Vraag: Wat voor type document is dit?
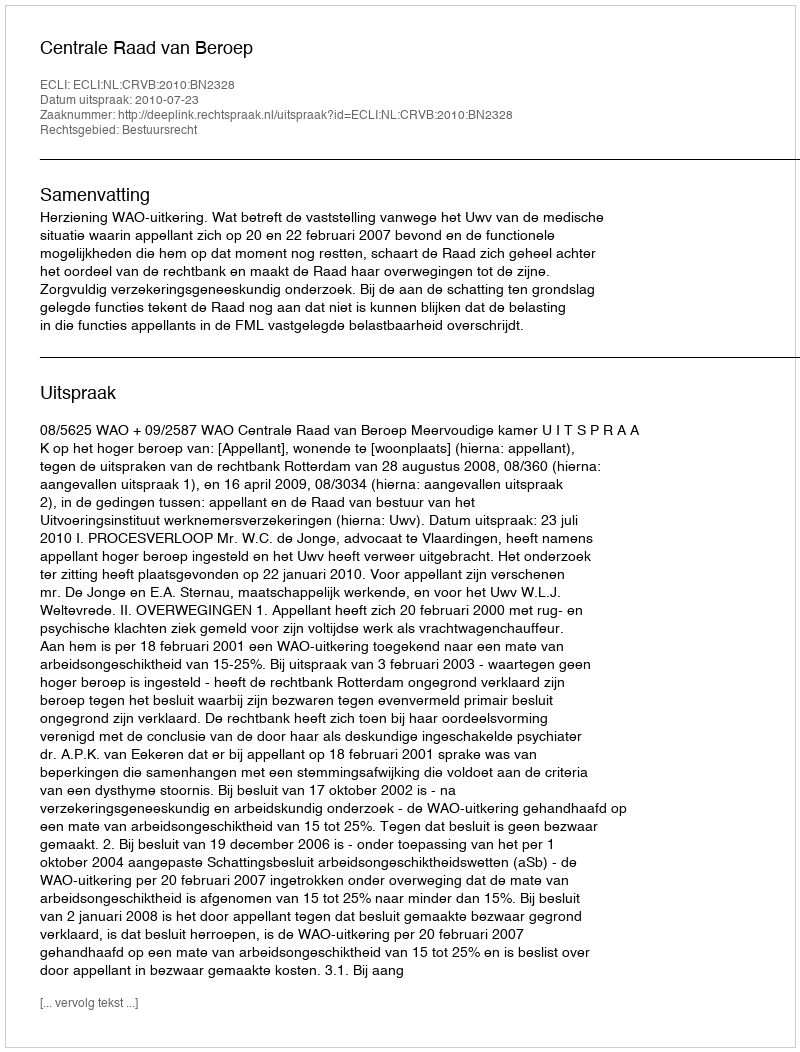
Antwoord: Uitspraak